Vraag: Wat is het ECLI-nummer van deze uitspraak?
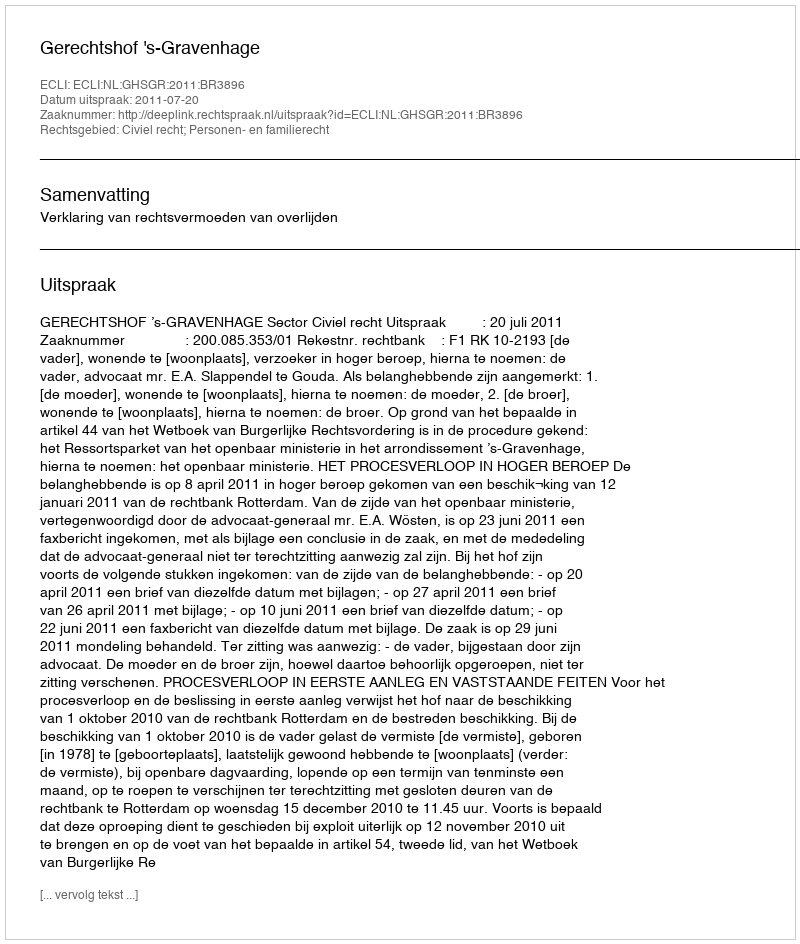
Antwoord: ECLI:NL:GHSGR:2011:BR3896